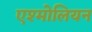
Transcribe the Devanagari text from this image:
एश्मोलियन